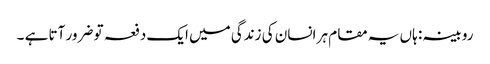
روبینہ : ہاں یہ مقام ہر انسان کی زندگی میں ایک دفعہ تو ضرور آتا ہے ۔